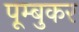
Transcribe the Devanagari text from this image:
पूम्बुकर